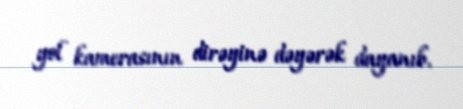
yol kamerasının dirəyinə dəyərək dayanıb.